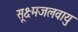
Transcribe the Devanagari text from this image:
सूक्ष्मजलवायु